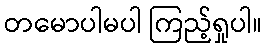
တမောပါမပါ ကြည့်ရှုပါ။